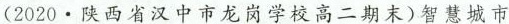
(2020·陕西省汉中市龙岗学校高二期末)智慧城市